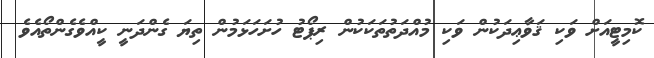
ކޮމިޓީއަށް ވަކި ޤަވާޢިދަކުން ވަކި މުއްދަތުތަކަކުން ރިޕޯޓު ހުށަހަޅަމުން ތިޔަ ގެންދަނީ ކީއްވެގެންތޯއެވެ